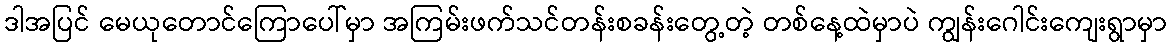
ဒါအပြင် မေယုတောင်ကြောပေါ်မှာ အကြမ်းဖက်သင်တန်းစခန်းတွေ့တဲ့ တစ်နေ့ထဲမှာပဲ ကျွန်းဂေါင်းကျေးရွာမှာ